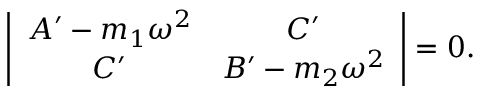
\left| \begin{array} { c c } { { A ^ { \prime } - m _ { 1 } \omega ^ { 2 } } } & { { C ^ { \prime } } } \\ { { C ^ { \prime } } } & { { B ^ { \prime } - m _ { 2 } \omega ^ { 2 } } } \end{array} \right| = 0 .